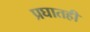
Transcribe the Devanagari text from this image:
प्रघातही